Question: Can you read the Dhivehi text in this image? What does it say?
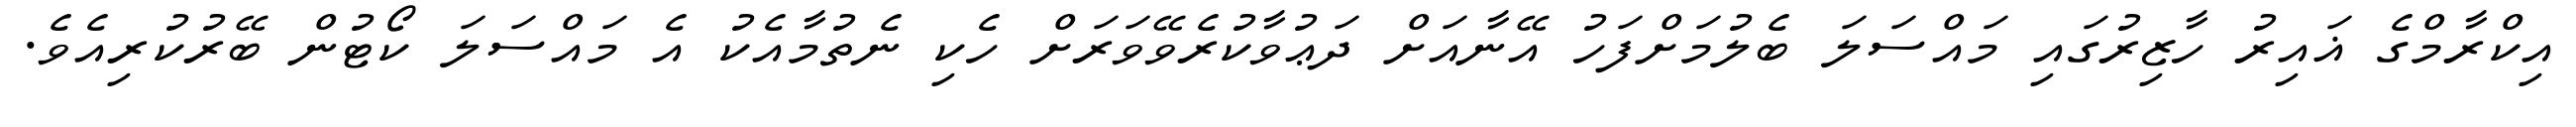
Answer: އިކްރާމްގެ ޣައިރު ހާޒިރުގައި މައްސަލަ ބެލުމަށްފަހު އޭނާއަށް ދަޢުވާކުރެވޭވަރަށް ހެކި ނެތުމާއެކު އެ މައްސަލަ ކޯޓުން ބޭރުކުރިއެވެ.